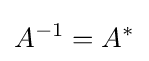
A^{-1}=A^{*}